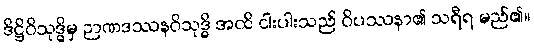
ဒိဋ္ဌိဝိသုဒ္ဓိမှ ဉာဏဒဿနဝိသုဒ္ဓိ အထိ ငါးပါးသည် ဝိပဿနာ၏ သရီရ မည်၏။